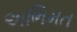
અભિમત